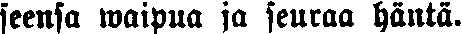
seensa waipua ja seuraa häntä.